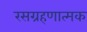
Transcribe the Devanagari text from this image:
रसग्रहणात्मक